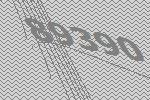
89390